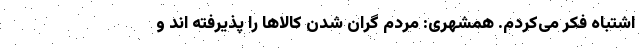
اشتباه فکر می‌کردم. همشهری: مردم گران شدن کالاها را پذیرفته اند و